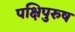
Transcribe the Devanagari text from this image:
पक्षिपुरुष